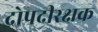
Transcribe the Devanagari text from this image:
द्रोपदीरक्षक